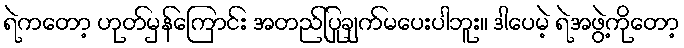
ရဲကတော့ ဟုတ်မှန်ကြောင်း အတည်ပြုချက်မပေးပါဘူး။ ဒါပေမဲ့ ရဲအဖွဲ့ကိုတော့